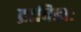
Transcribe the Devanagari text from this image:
द्राविडाः